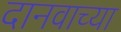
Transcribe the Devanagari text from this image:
दानवाच्या